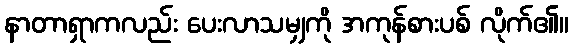
နာတာရှာကလည်း ပေးလာသမျှကို အကုန်စားပစ် လိုက်၏။